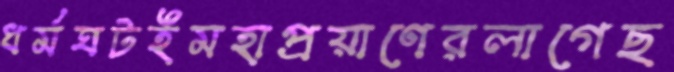
ধর্মঘটইমহাপ্রয়াণেরলাগেছ